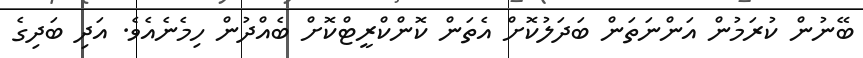
ބޭނުން ކުރަމުން އަންނަތަން ބަދަލުކޮށް އެތަން ކޮންކްރީޓްކޮށް ބެއްދުން ހިމެނެއެވެ. އަދި ބަދިގެ